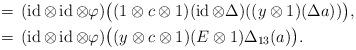
LaTeX: \begin{align*}&{}\,=\,(\operatorname{id}\otimes\operatorname{id}\otimes\varphi)\bigl((1\otimes c\otimes1)(\operatorname{id}\otimes\Delta)((y\otimes1)(\Delta a))\bigr), \\&{}\,=\,(\operatorname{id}\otimes\operatorname{id}\otimes\varphi)\bigl((y\otimes c\otimes1)(E\otimes1)\Delta_{13}(a)\bigr).\end{align*}